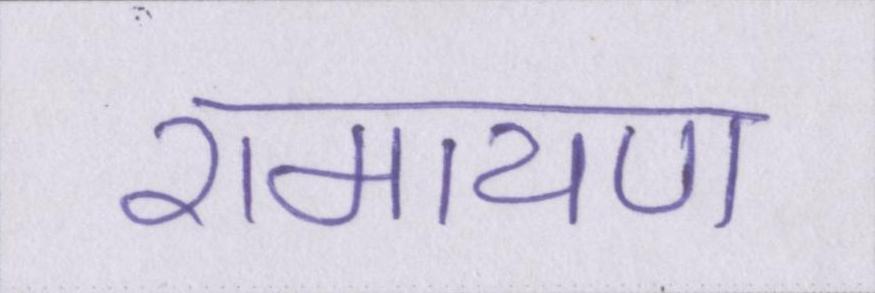
रामायण